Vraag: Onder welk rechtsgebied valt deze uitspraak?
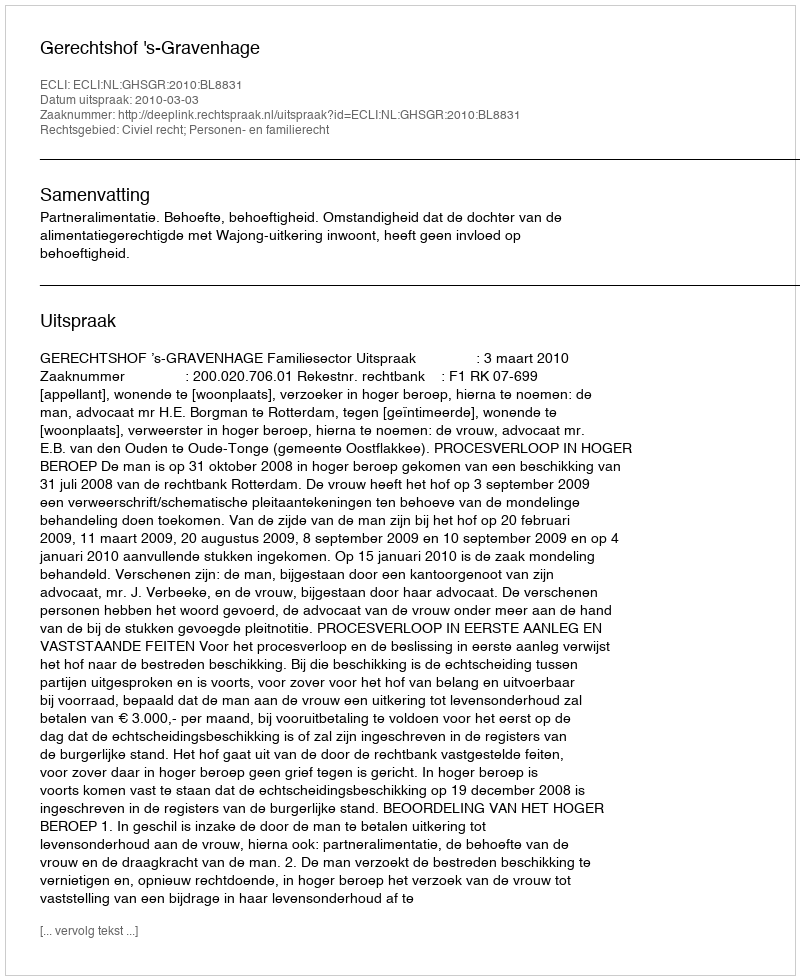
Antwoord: Civiel recht; Personen- en familierecht